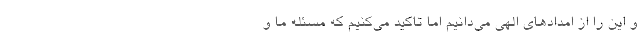
و این را از امدادهای الهی می‌دانیم اما تاکید می‌کنیم که مسئله ما و